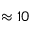
\approx 1 0